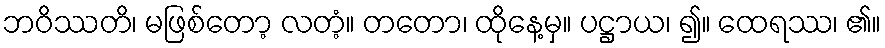
ဘဝိဿတိ၊ မဖြစ်တော့ လတံ့။ တတော၊ ထိုနေ့မှ။ ပဋ္ဌာယ၊ ၍။ ထေရဿ၊ ၏။